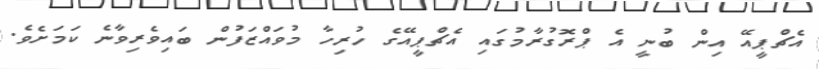
އެޗްޕީއޭ އިން ބުނީ އެ ޕްރޮގުރާމުގައި އެޗްޕީއޭގެ ހުރިހާ މުވައްޒަފުން ބައިވެރިވާނެ ކަމަށެވެ.